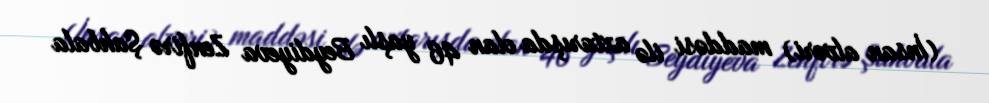
(İnsan alveri) maddəsi ilə axtarışda olan 46 yaşlı Beydiyeva Zenfirə Şahbala